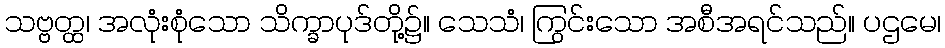
သဗ္ဗတ္ထ၊ အလုံးစုံသော သိက္ခာပုဒ်တို့၌။ သေသံ၊ ကြွင်းသော အစီအရင်သည်။ ပဌမေ၊